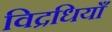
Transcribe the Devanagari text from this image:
विद्रधियाँ